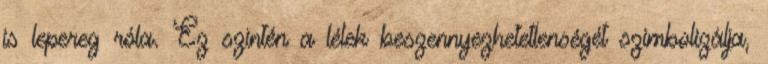
is lepereg róla. Ez szintén a lélek beszennyezhetetlenségét szimbolizálja,